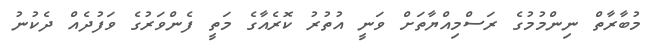
މުބާރާތް ނިންމުމުގެ ރަސްމިއްޔާތަށް ވަނީ އުތުރު ކޮރެއާގެ މަތީ ފެންވަރުގެ ވަފުދެއް ދެކުނު